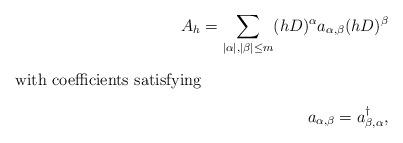
LaTeX: \begin{align*}A_h=\sum_{|\alpha |,|\beta |\le m}(hD)^\alpha a_{\alpha ,\beta } (hD)^\beta\intertext{with coefficients satisfying}a_{\alpha ,\beta }=a_{\beta ,\alpha }^\dag ,\end{align*}